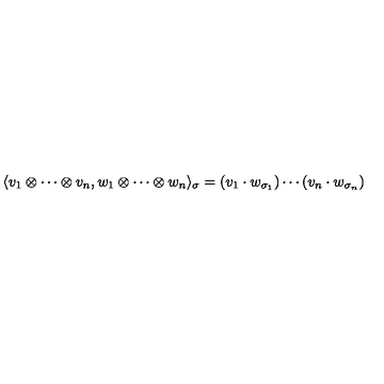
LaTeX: \langle v _ { 1 } \otimes \cdots \otimes v _ { n } , w _ { 1 } \otimes \cdots \otimes w _ { n } \rangle _ { \sigma } = ( v _ { 1 } \cdot w _ { \sigma _ { 1 } } ) \cdots ( v _ { n } \cdot w _ { \sigma _ { n } } )